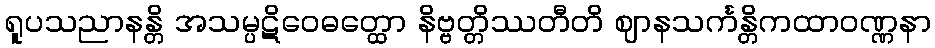
ရူပသညာနန္တိ အသမ္ပဋိဝေဓတ္ထော နိဗ္ဗတ္တိဿတီတိ ဈာနသင်္ကန္တိကထာဝဏ္ဏနာ